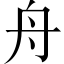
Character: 舟